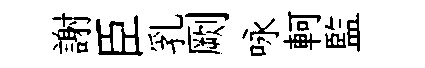
謝臣乳劂咏軻監